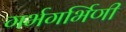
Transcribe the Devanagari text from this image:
गर्भगर्भिणी